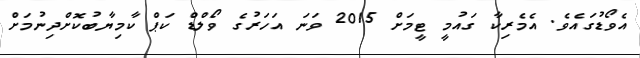
އެވޯޑުގައެވެ. އެމެރިކާ ގައުމީ ޓީމަށް 2015 ވަނަ އަހަރުގެ ވޯލްޑް ކަޕް ކާމިޔާބުކޮށްދިނުމަށް